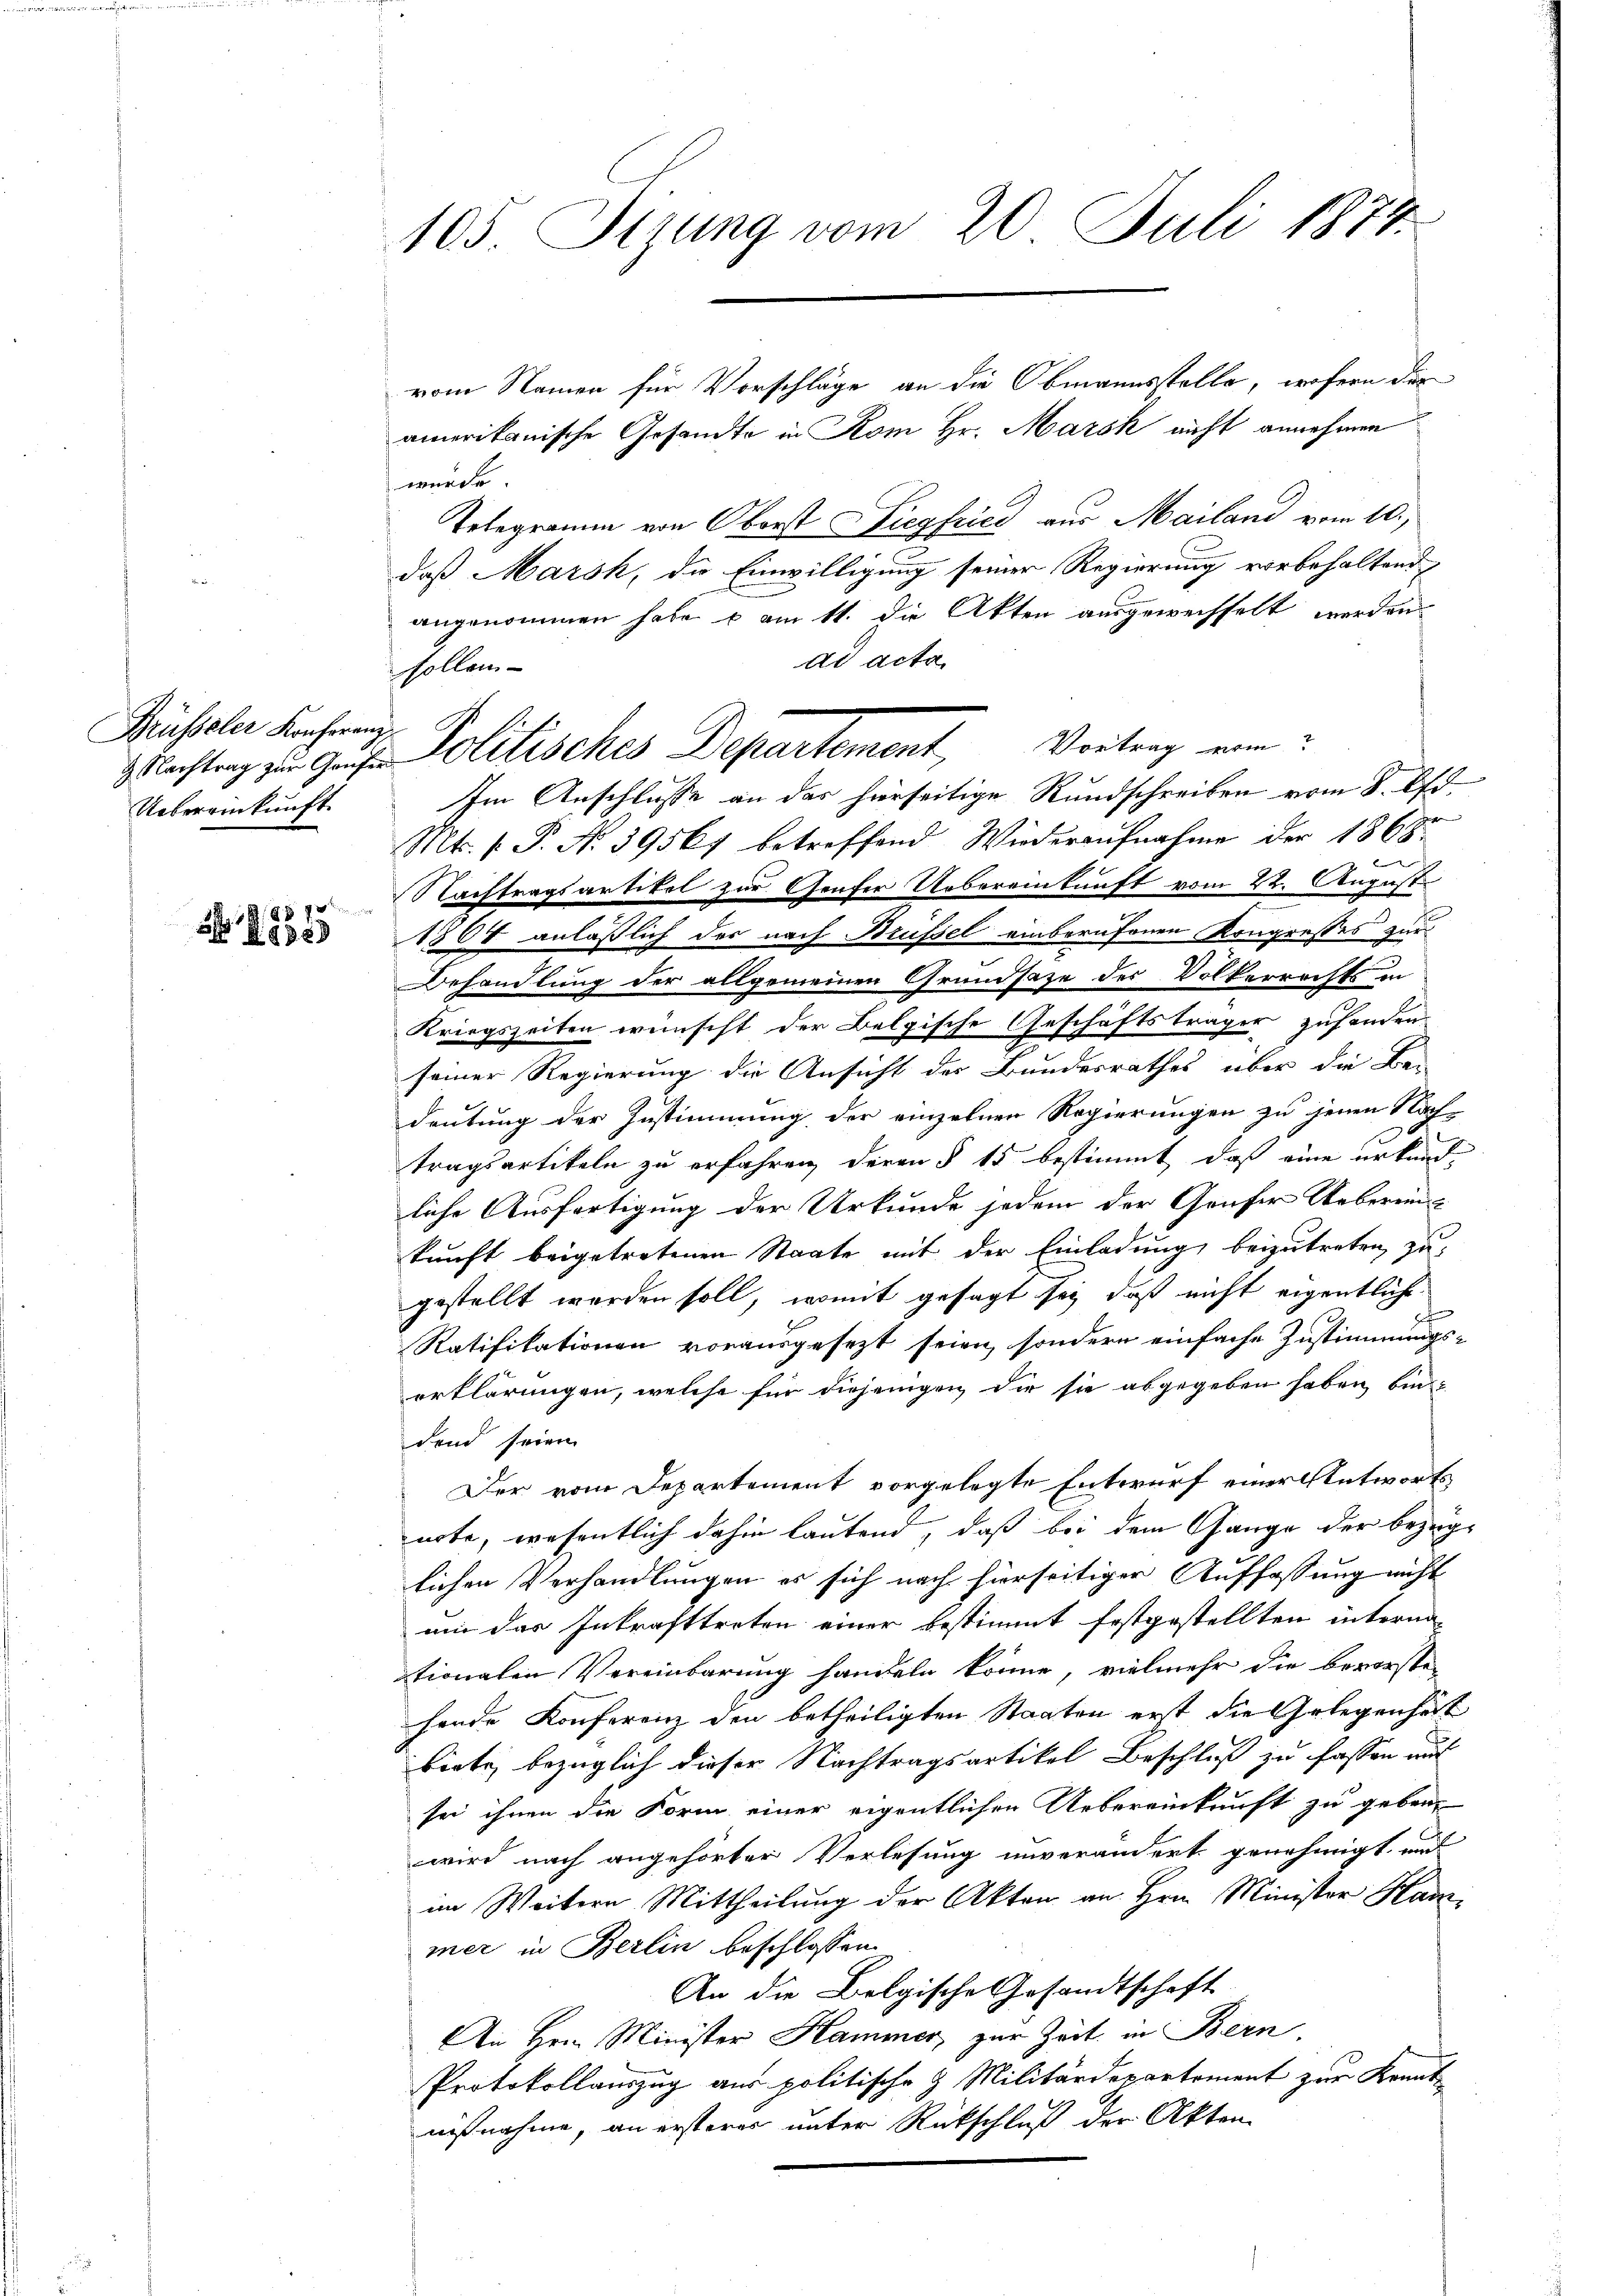
Brüsseler Konferenz,
Uebereinkunft.

1857
998

105. Sizung vom 20. Juli 1874.

vom Namen für Vorschläge an die Obmannsstelle, wofern der
amerikanische Gesandte in Kom Hr. Marsk nicht annehmen
wurde
Telegramm von Oberst Siegfried aus Mailand vom 10.
daß Marsk, die Einwilligung seiner Regierung vorbehaltend
angenommen habe u. am 11. die Akten ausgeweisselt werden
ad acta
sollen
Im Anschlusse an das hierseitige Rundschreiben vom 8. Okt.
Mt. P.P. No 39567 betreffend Wiederaufnahme der 1868
Nachtragsartikel zur Genfer Uebereinkunft vom 22. August
1864 anläßlich der nach Brüssel einberufenen Kongresses zur
Behandlung der allgemeinen Grundsaze des Völkerrechts in
Kriegszeiten wünscht der Belgische Geschäftsträger zusenden,
seiner Regierung die Ansicht der Bundesrathes über die Be-
deutung der Zustimmung der einzelnen Regierungen zu jenen Nach-
tragsartikeln zu erfahren, deren § 15 bestimmt, daß eine urkundliche Ausfertigung der Urkunde jedem der Genfer Ueberein-
kunft beigetretenen Staate mit der Einladung beizutreten zu
gestellt worden soll, womit gesagt sey, daß nicht eigentliche
Ratifikationen vorausgesezt seien, sondern einfache Zustimmungs-
erklärungen, welche für diejenigen die sie abgegeben haben, bin
dend seien
Der vom Departement vorgelegte Entwurf einer Antwort
note, wesentlich dahin lautend, daß bei dem Gange der bezüglichen Verhandlungen es sich nach hierseitiger Auffassung nicht
am das Inkrafttreten einer bestimmt festgestellten interna-
tionalen Vereinbarung handeln könne, vielmehr die bererste
hende Konferenz den betheiligten Staaten erst die Gelegenheit
biete, bezüglich dieser Nachtragsartikel Beschluß zu fassen mit
sei ihnen die Form einer eigentlichen Uebereinkunft zu geben,
wird nach angehörter Verlesung unverändert genehmigt, un
im Weitern Mittheilung der Akten an Hrn. Minister Kanz
mer in Berlin beschlossen
An die Belgische Gesandtschaft
An Hrn. Minister Hammer, zur Zeit in Bern
Protokollauszug aus politische & Militärdepartement zur Kennt
nißnahme, an ersteres unter Rückschluß der Akten

Zuchtung zu Hausen Politisches Departement, Vortrag ein